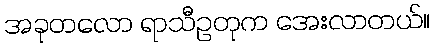
အခုတလော ရာသီဥတုက အေးလာတယ်။